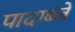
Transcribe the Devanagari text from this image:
पादाब्जे